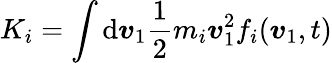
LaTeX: K_{i}=\int\mathrm{d}\boldsymbol{v}_{1}\frac{1}{2}m_{i}\boldsymbol{v}_{1}^{2}f_{i}(\boldsymbol{v}_{1},t)